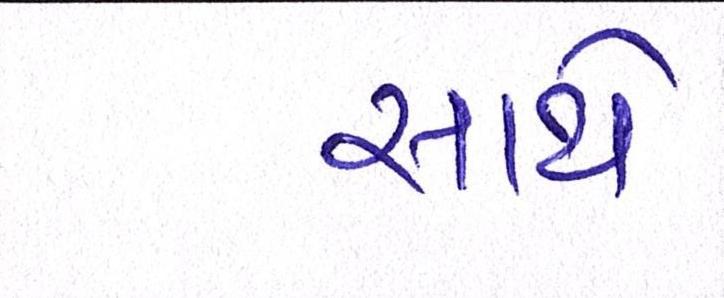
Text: સાથે